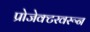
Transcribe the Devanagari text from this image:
प्रोजेक्टरवरून